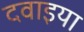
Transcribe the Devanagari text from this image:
दवाइया